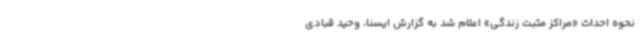
نحوه احداث «مراکز مثبت زندگی» اعلام شد به گزارش ایسنا، وحید قبادی